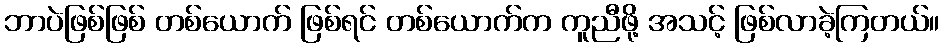
ဘာပဲဖြစ်ဖြစ် တစ်ယောက် ဖြစ်ရင် တစ်ယောက်က ကူညီဖို့ အသင့် ဖြစ်လာခဲ့ကြတယ်။